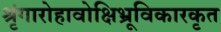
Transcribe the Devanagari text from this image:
श्रृंगारोहावोक्षिभ्रूविकारकृत